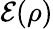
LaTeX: {\mathcal{E}}(\rho)